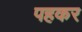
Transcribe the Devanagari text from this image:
पहकर